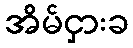
အိမ်ငှားခ